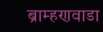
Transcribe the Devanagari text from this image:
ब्राम्हणवाडा